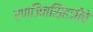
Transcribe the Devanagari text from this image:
रणजितसिंहजींचे